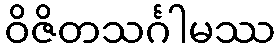
ဝိဇိတသင်္ဂါမဿ